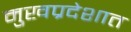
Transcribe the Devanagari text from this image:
मुखप्रदेशात